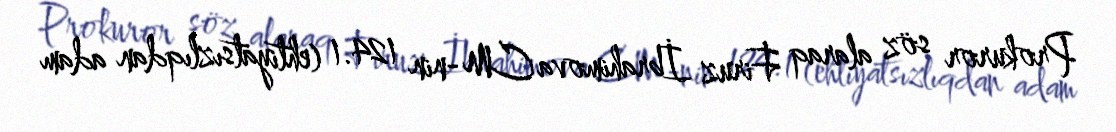
Prokuror söz alaraq Firuz İbrahimova CM-nin 124.1 (ehtiyatsızlıqdan adam